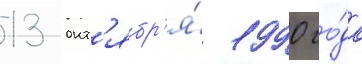
13 окт'ябр'я́ 1990 го́да